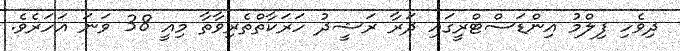
ދިވެހި ފިލްމު އިންޑަސްޓްރީގައި ދަރާ ރަޝީދު ހަރަކާތްތެރިވާތާ މިއީ 38 ވަނަ އަހަރެވެ.